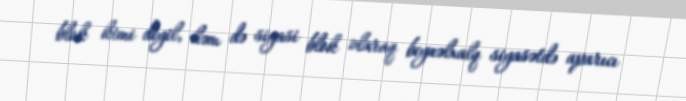
blok kimi deyil, həm də siyasi blok olaraq beynəlxalq siyasətdə aparıcı